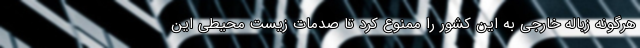
هرگونه زباله خارجی به این کشور را ممنوع کرد تا صدمات زیست محیطی این